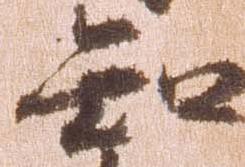
知